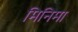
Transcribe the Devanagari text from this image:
मिनिमा